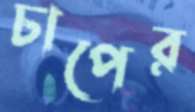
চাপের